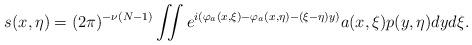
LaTeX: \begin{align*}s(x,\eta)=(2\pi)^{-\nu(N-1)}\iint e^{i(\varphi_a(x,\xi)-\varphi_a(x,\eta)-(\xi-\eta)y)}a(x,\xi)p(y,\eta)dyd\xi.\end{align*}